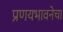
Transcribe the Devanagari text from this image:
प्रणयभावनेचा